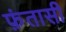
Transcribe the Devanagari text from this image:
फ़ंतासी